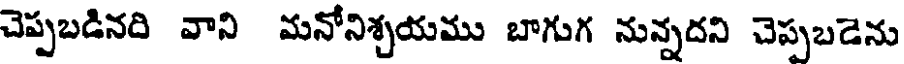
చెప్పబడినది వాని మనోనిశ్చయము బాగుగ నున్నదని చెప్పబడెను